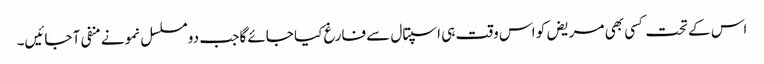
اس کے تحت کسی بھی مریض کو اس وقت ہی اسپتال سے فارغ کیا جائے گا جب دو مسلسل نمونے منفی آ جائیں۔